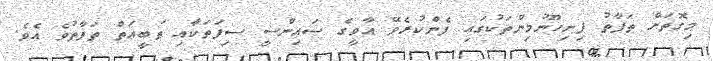
މިގޮތަށް ތަފާތު ފިނިހޫނުމިންތަކުގައި ފެންކުރެވޭ އާވީގެ ސައިންސީ ސިފަތަކާއި ޠަބީޢަތް ތަފާތުވެ އެވެ.